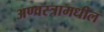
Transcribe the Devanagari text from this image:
अण्वस्त्रामधील